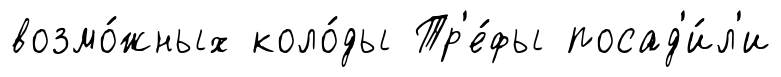
возмо́жных коло́ды Тр'е́фы посад'и́л'и